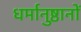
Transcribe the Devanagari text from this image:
धर्मानुष्ठानों